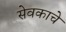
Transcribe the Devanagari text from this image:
सेवकाचे